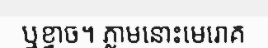
ឬខ្វាច។ ភ្លាមនោះមេរោគ